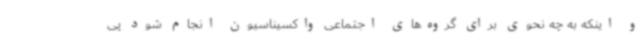
و اینکه به چه نحوی برای گروه‌های اجتماعی واکسیناسیون انجام شود پی